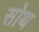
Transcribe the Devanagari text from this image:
सोथ